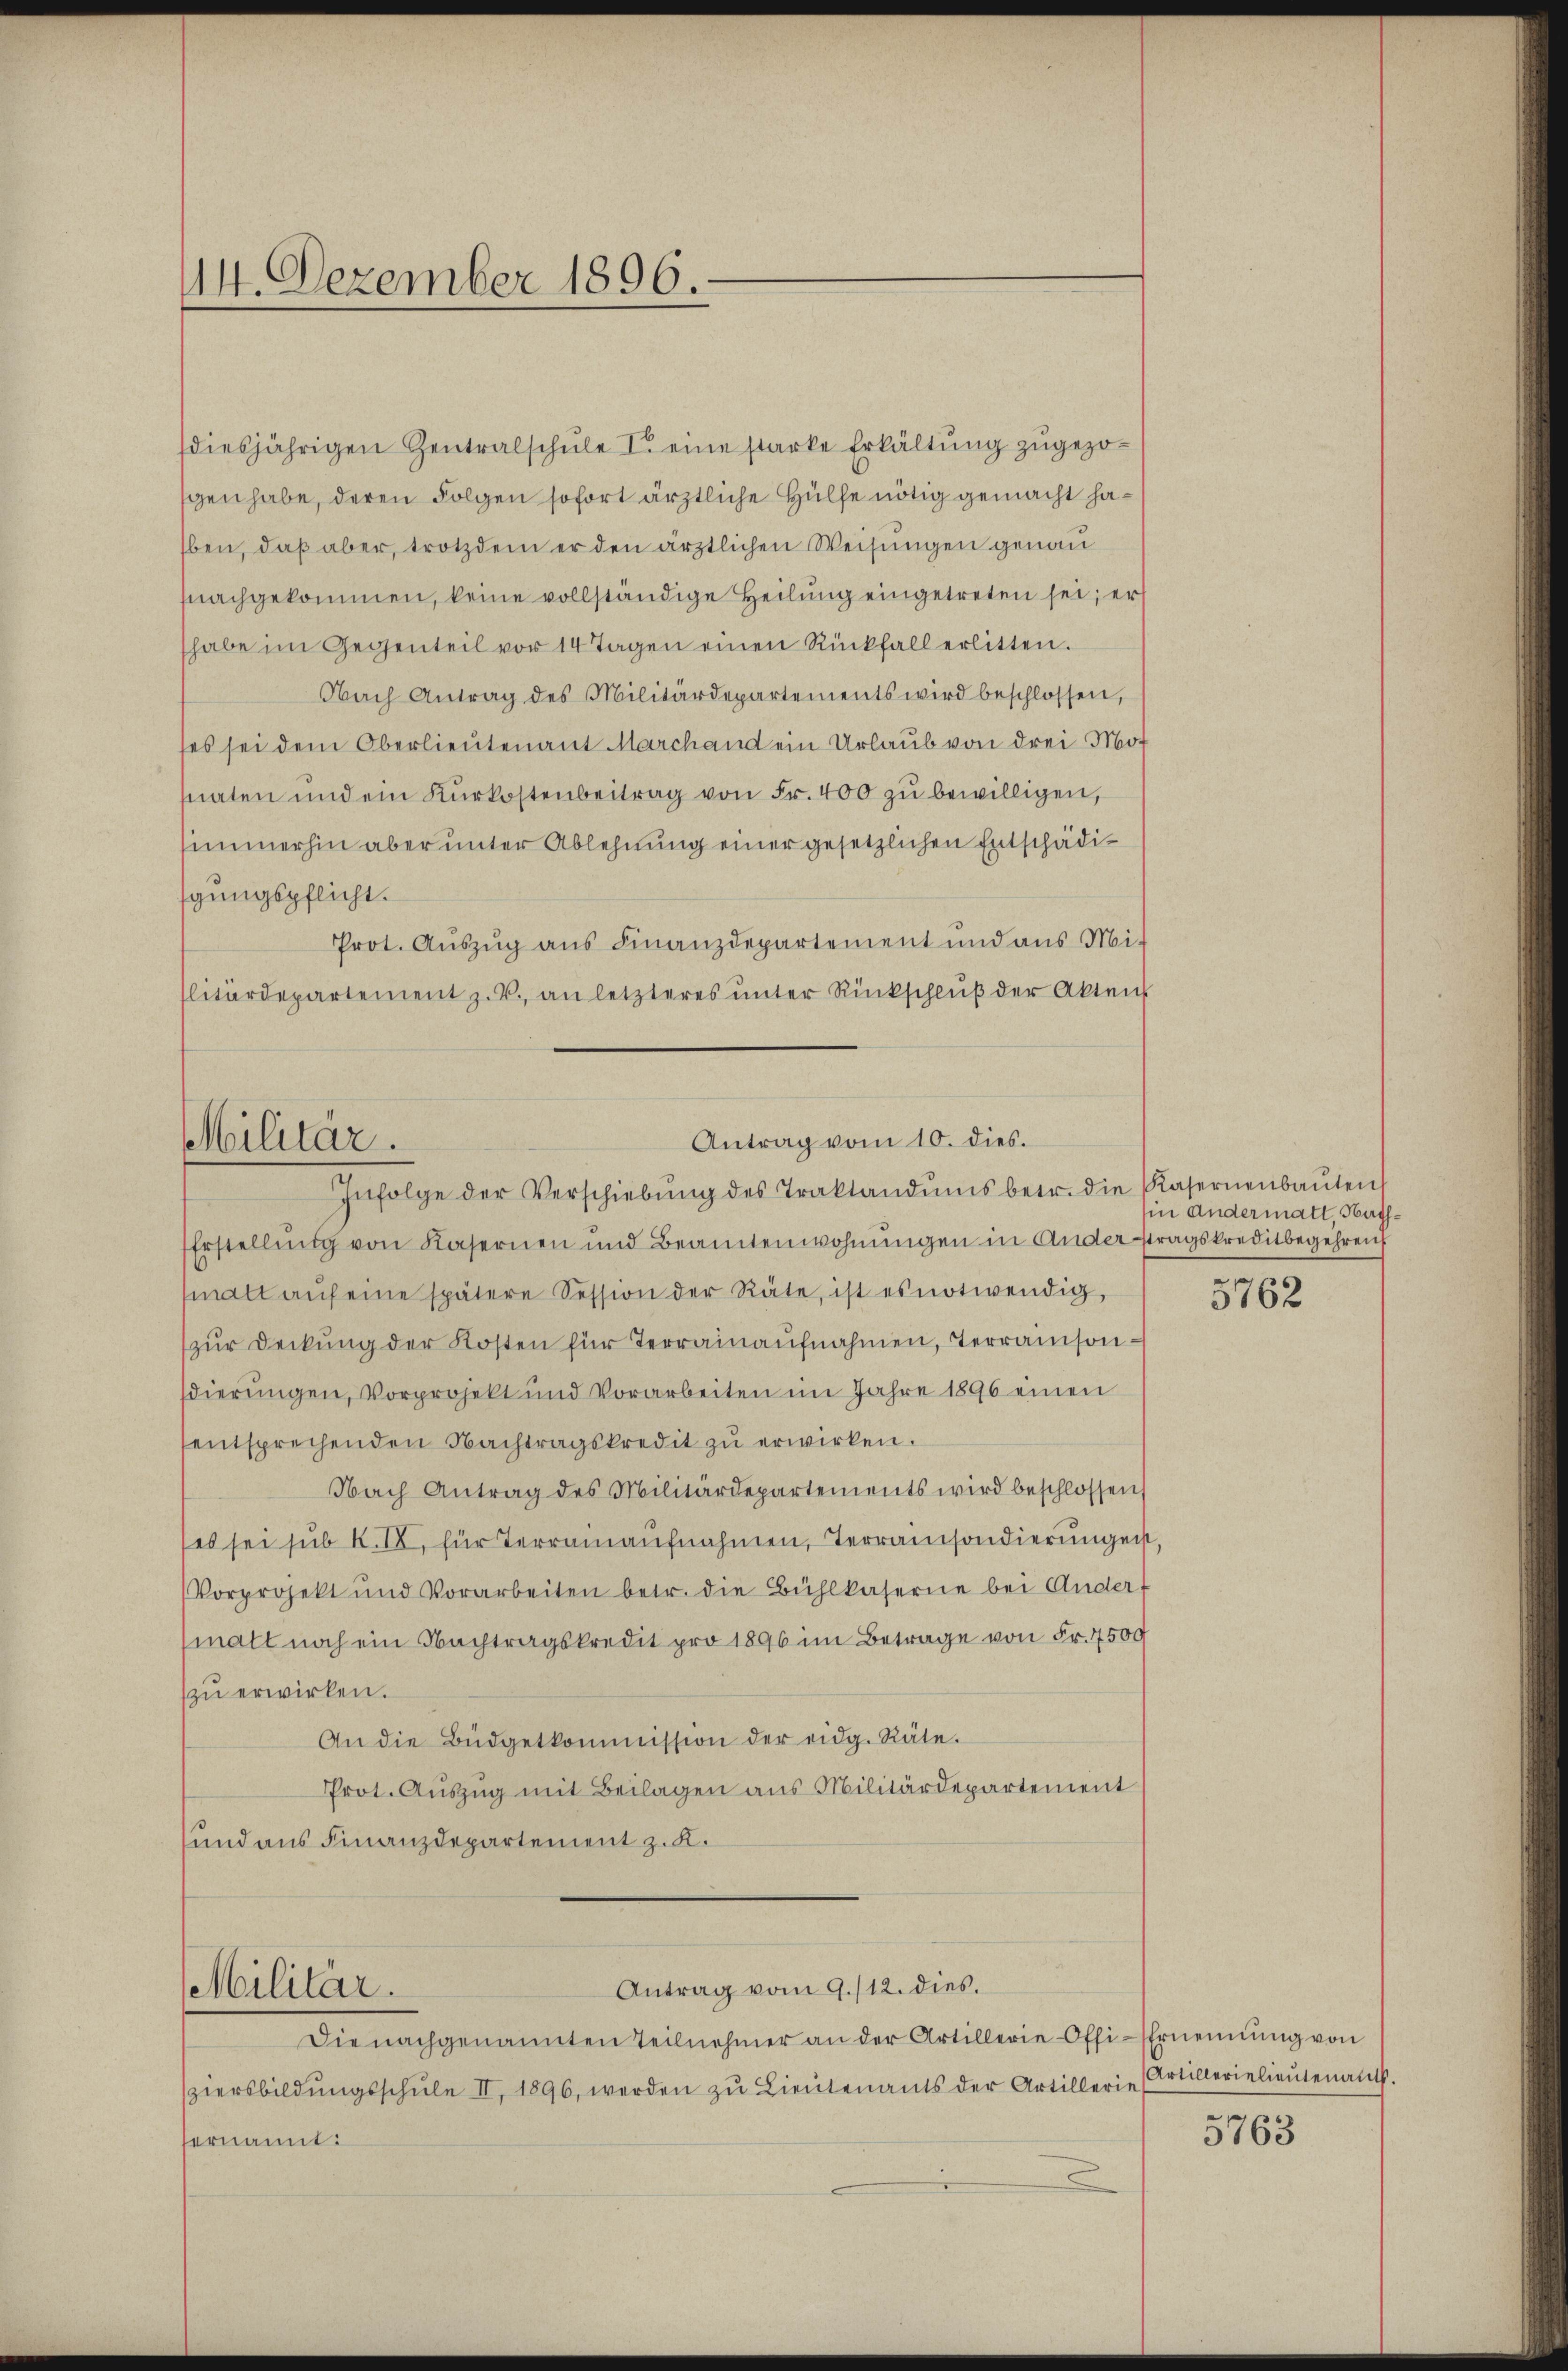
14. Dezember 1896.

diesjährigen Zentralschŭle I. eine starke Erkältŭng zugezoschen habe, deren Folgen sofort ärztliche Hülfe nötig gemacht haben, daß aber, trotzdem er den ärztlichen Weisungen genau
nachgekommen, keine vollständige Heilung eingetreten sei; er
habe im Gegenteil vor 14 Tagen einen Rückfall erlitten.
Nach Antrag des Militärdepartements wird beschlossen,
ses sei dem Oberlieutenant Marchan ein Urlaub von drei Mot
snaten und ein Kŭrkostenbeitrag von Fr. 400 zu bewilligen,
simmerhin aber unter Ablehnung einer gesetzlichen Entschädigungspflicht.
Prot. Auszug aus Finanzdepartement und aus Mit
litärdepartement z. B. an letzteres ŭnter Rückschlŭβ der Akten

Antrag vom 10. dies.
Militär.
Infolge der Verschiebŭng des Traktandŭms betr. die Kasernenbaŭten

Erstellŭng von Kasernen und Beamtenwohnŭngen in Ander tragskreditbegehren
malt aŭf eine spätere Session der Räte, ist es notwendig,
zur Deckung der Kosten für Terrainaufnahmen, Terrainsondierungen, Vorprojekt und Vorarbeiten im Jahre 1896 einen
entsprechenden Nachtragskredit zu erwirken.
Nach Antrag des Militärdepartements wird beschlossen,
(es sei sub X. II, für Terrainaŭfnahmen, Terrainsondierungen,
Vorprojekt und Vorarbeiten betr. die Bühlkaserne bei Anderf
matt noch ein Nachtragskredit pro 1896 im Betrage von Fr. 7500
zu erwirken.
An die Büdgetkommission der eidg. Räte.
Prot. Aŭszŭg mit Beilagen aus Militärdepartement
und aus Finanzdepartement z. K.
Antrag vom 9./12. dies.
Militär.
Die nachgenannten Teilnehmer an der Artillerie-Offi-Ernennung von
ziersbildŭngsschŭle II, 1896, werden zu Lieutenants der Artillerie
ernannt:
x

in andermatt, Nath¬

3762

Artillerielieutenant.

5763